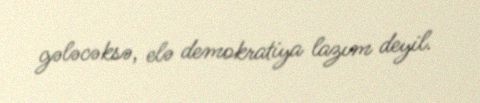
gələcəksə, elə demokratiya lazım deyil.